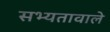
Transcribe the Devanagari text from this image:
सभ्यतावाले